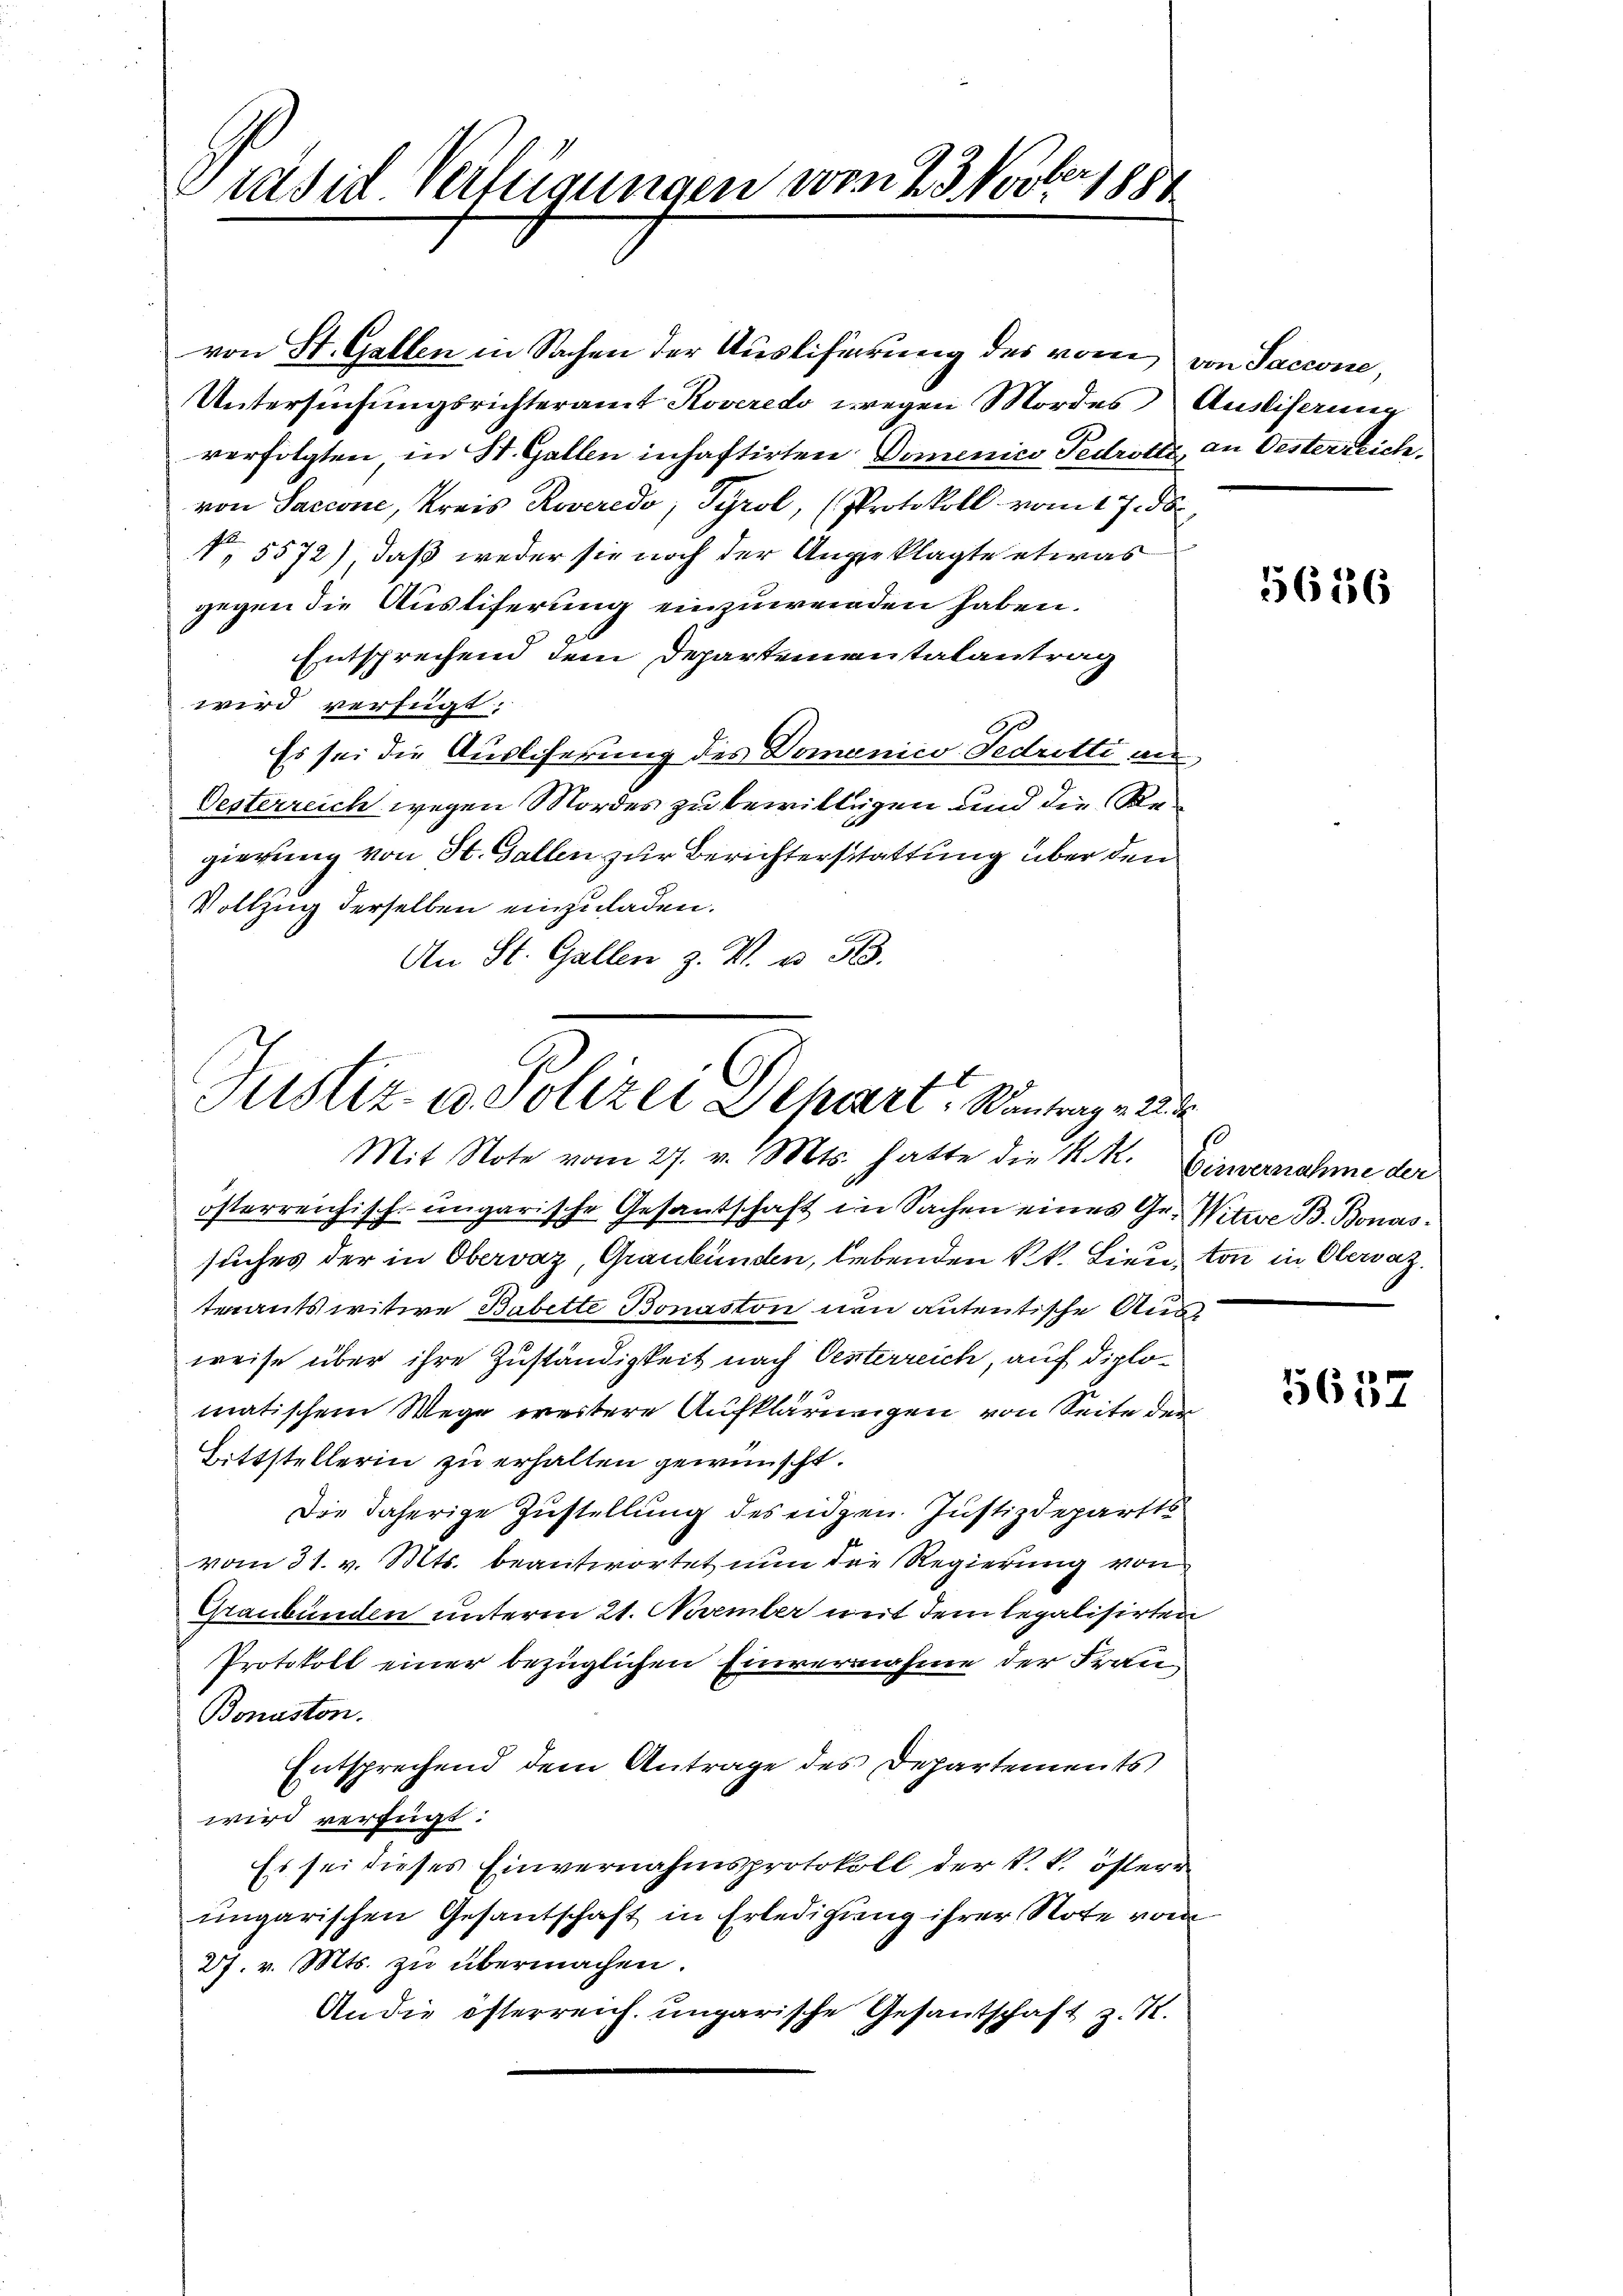
ber
Präsid. Verfügungen von 23 Nov. 1888

von St. Gallen in Sachen der Ausliferung des vom von Sacione,
Untersuchungsrichteramt Koveredo wegen Mordes
verfolgten in St. Gallen inhaftirten Domenico Pedrotts, an Oesterreiche
von Sacione, Kreis Roveredo, Tyrol, (Protokoll vom 17. ds.
No. 5572) daß weder sie noch der Angeklagte etwas
gegen die Ausliferung einzuwenden haben.
Entsprechend dem Departementalantrag
wird verfügt:
Es sei die Auslieferung des Domanico Fedretti an
Oesterreich wegen Mordes zu bewilligen und die Regierung von St. Gallen zur Berichterstattung über den
Vollzug derselben einzuladen.
An St. Gallen z. B. u. 513.

Justiz- u. Polizei Separt, Santrag v. 22
Mit Note vom 27. v. Mts. hatte die K. K. Ginvernahme der

österreichisch-ungarische Gesantschaft im Sachen eines Gr. Witwe B. Bonassuches der in Obervaz, Graubünden, lebenden kk. Lieuton in Obersatz.
terantswitwe Babette Bonaston neu antentische Ausweise über ihre Zuständigkeit nach Oesterreich, auf diplomatischem Wege weitere Aufklärungen von Seite der
Bittstellerin zu erhalten gewünscht.
Die daherige Zustellung des eidgen. Justizdepartts
vom 31. v. Mts. beantwortet nun die Regierung von
Graubünden unterm 21. November mit dem legalisirten
Protokoll einer bezüglichen Einvernahme der Frau¬
Bonuston.
Entsprechend dem Antrage des Departements
wird verfügt:
Es sei dieses Einvernahmsprotokoll der k. k. österr
ungarischen Gesantschaft in Erledigung ihrer Note vom
27. v. Mts. zu übermachen.
An die österreich. ungarische Gesantschaft z. R.

Austiferung

5636

s

5657